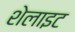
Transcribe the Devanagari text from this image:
शेलाइट